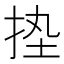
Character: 𢬋